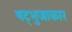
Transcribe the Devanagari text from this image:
षट्भुजाकार